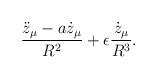
LaTeX: \begin{align*}{\ddot{z}_{\mu}-a \dot{z}_{\mu} \over R^2}+\epsilon {\dot{z}_{\mu} \over R^3}.\end{align*}